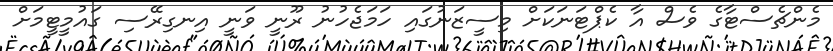
މެންޗެސްޓާގެ ވެސް އާ ކެޕްޓަނަކަށް މިސީޒަނުގައި ހަމަޖެހުނު ރޫނީ ވަނީ އިނގިރޭސި ގައުމީޓީމަށް